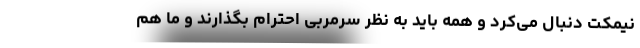
نیمکت دنبال می‌کرد و همه باید به نظر سرمربی احترام بگذارند و ما هم